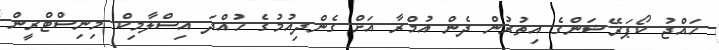
ހައްޖު ކޯޯޕަރޭޝަންގެ އިތުރުން ދެން އުމްރާ އަށް ގެންދިއުމުގެ ހުއްދަ އިސްލާމިކް މިނިސްޓްރީން